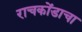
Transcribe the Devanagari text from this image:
राचकोंडाचा